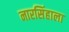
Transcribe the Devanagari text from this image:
नारसिंहाला